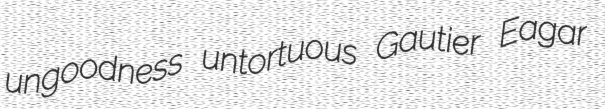
ungoodness untortuous Gautier Eagar